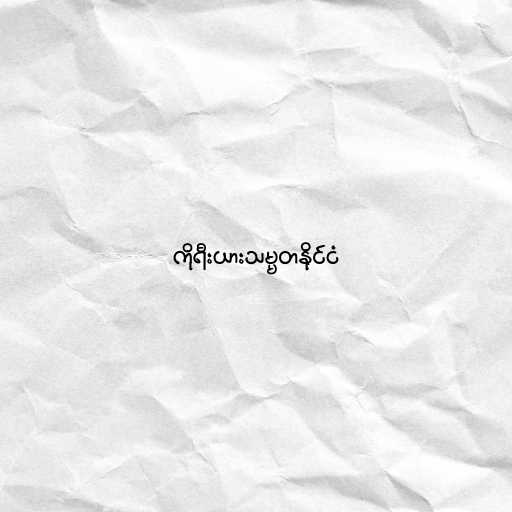
ကိုရီးယားသမ္မတနိုင်ငံ